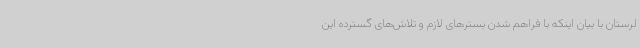
لرستان با بیان اینکه با فراهم شدن بسترهای لازم و تلاش‌های گسترده این